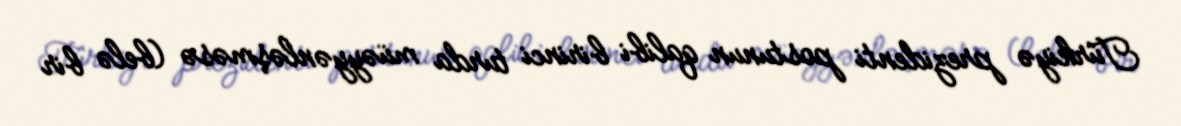
Türkiyə prezidenti postunun qalibi birinci turda müəyyənləşməsə (belə bir